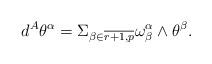
LaTeX: \begin{align*} d^{A}\theta ^{\alpha }=\Sigma _{\beta \in \overline{r+1,p}}\omega _{\beta}^{\alpha }\wedge \theta ^{\beta }.\end{align*}